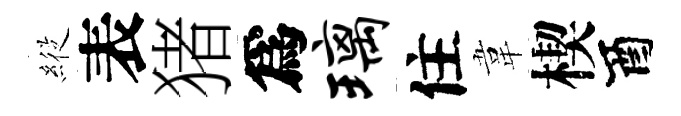
𦂵表猪爲璃住韋楔酉